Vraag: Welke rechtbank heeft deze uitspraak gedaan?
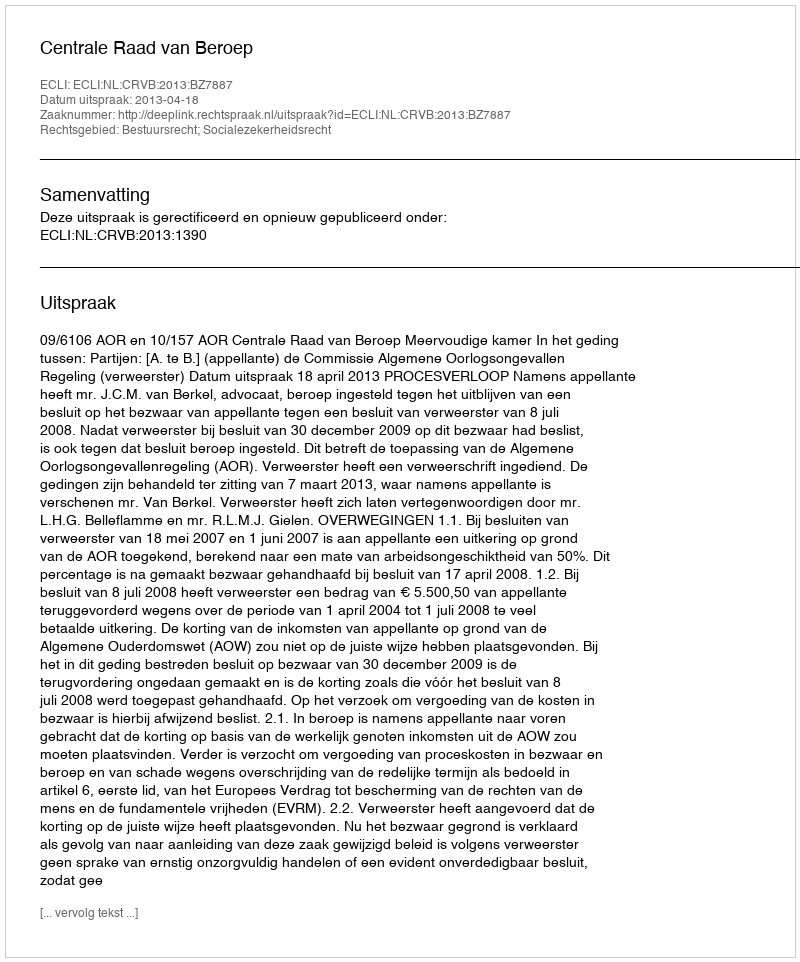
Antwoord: Centrale Raad van Beroep